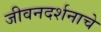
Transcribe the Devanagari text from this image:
जीवनदर्शनाचे